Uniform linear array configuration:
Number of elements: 64
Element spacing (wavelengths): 0.25
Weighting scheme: cosine
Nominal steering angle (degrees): -60
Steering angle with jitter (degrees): -60.291
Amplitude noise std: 0.05
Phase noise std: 0.05

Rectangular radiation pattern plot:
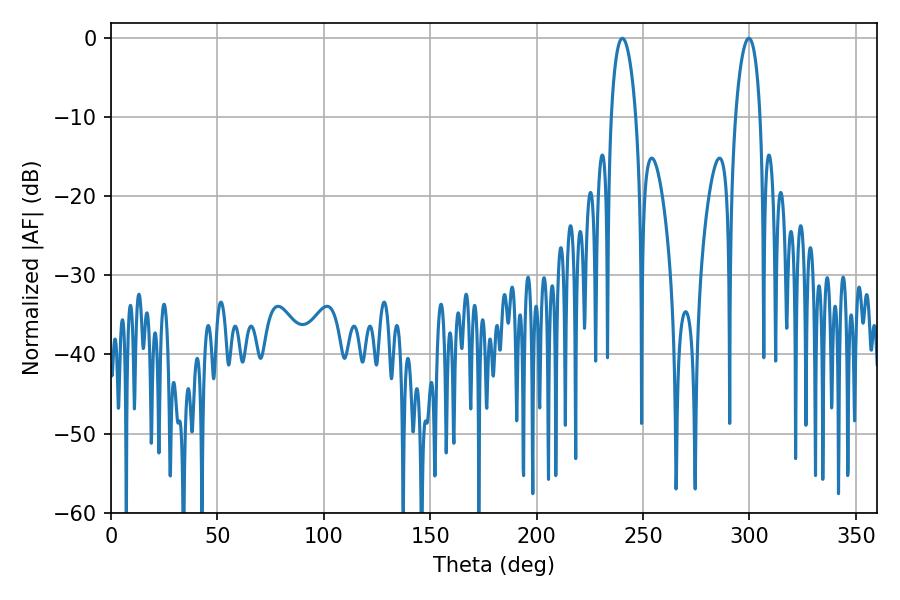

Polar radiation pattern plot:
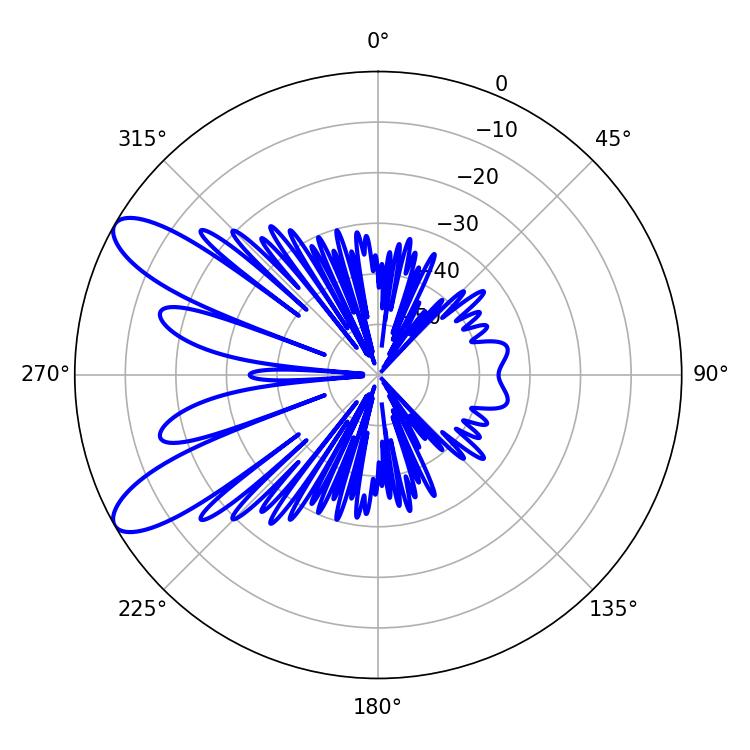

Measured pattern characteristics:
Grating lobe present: FALSE
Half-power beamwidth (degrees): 6.48
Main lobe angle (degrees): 240.3